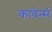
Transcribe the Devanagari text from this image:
कावेर्न्स